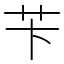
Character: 苄